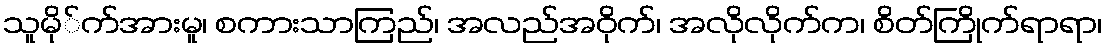
သူမို်က်အားမူ၊ စကားသာကြည်၊ အလည်အဝိုက်၊ အလိုလိုက်က၊ စိတ်ကြိုက်ရာရာ၊